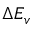
\Delta E _ { v }